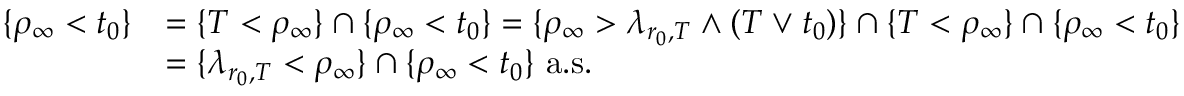
\begin{array} { r l } { \{ \rho _ { \infty } < t _ { 0 } \} } & { = \{ T < \rho _ { \infty } \} \cap \{ \rho _ { \infty } < t _ { 0 } \} = \{ \rho _ { \infty } > \lambda _ { r _ { 0 } , T } \wedge ( T \vee t _ { 0 } ) \} \cap \{ T < \rho _ { \infty } \} \cap \{ \rho _ { \infty } < t _ { 0 } \} } \\ & { = \{ \lambda _ { r _ { 0 } , T } < \rho _ { \infty } \} \cap \{ \rho _ { \infty } < t _ { 0 } \} \mathrm { ~ a . s . } } \end{array}